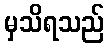
မှသိရသည်